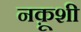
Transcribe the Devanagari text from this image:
नक़ूशी